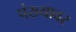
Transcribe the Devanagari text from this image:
पंख्यावर